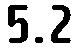
5.2